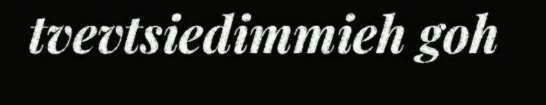
tvevtsiedimmieh goh